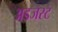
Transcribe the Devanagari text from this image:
अडजस्ट